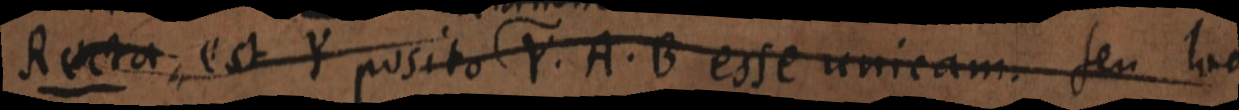
Recta est Y posito Y. A. B. esse unicam. seu loo